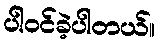
ပါ၀င်ခဲ့ပါတယ်။